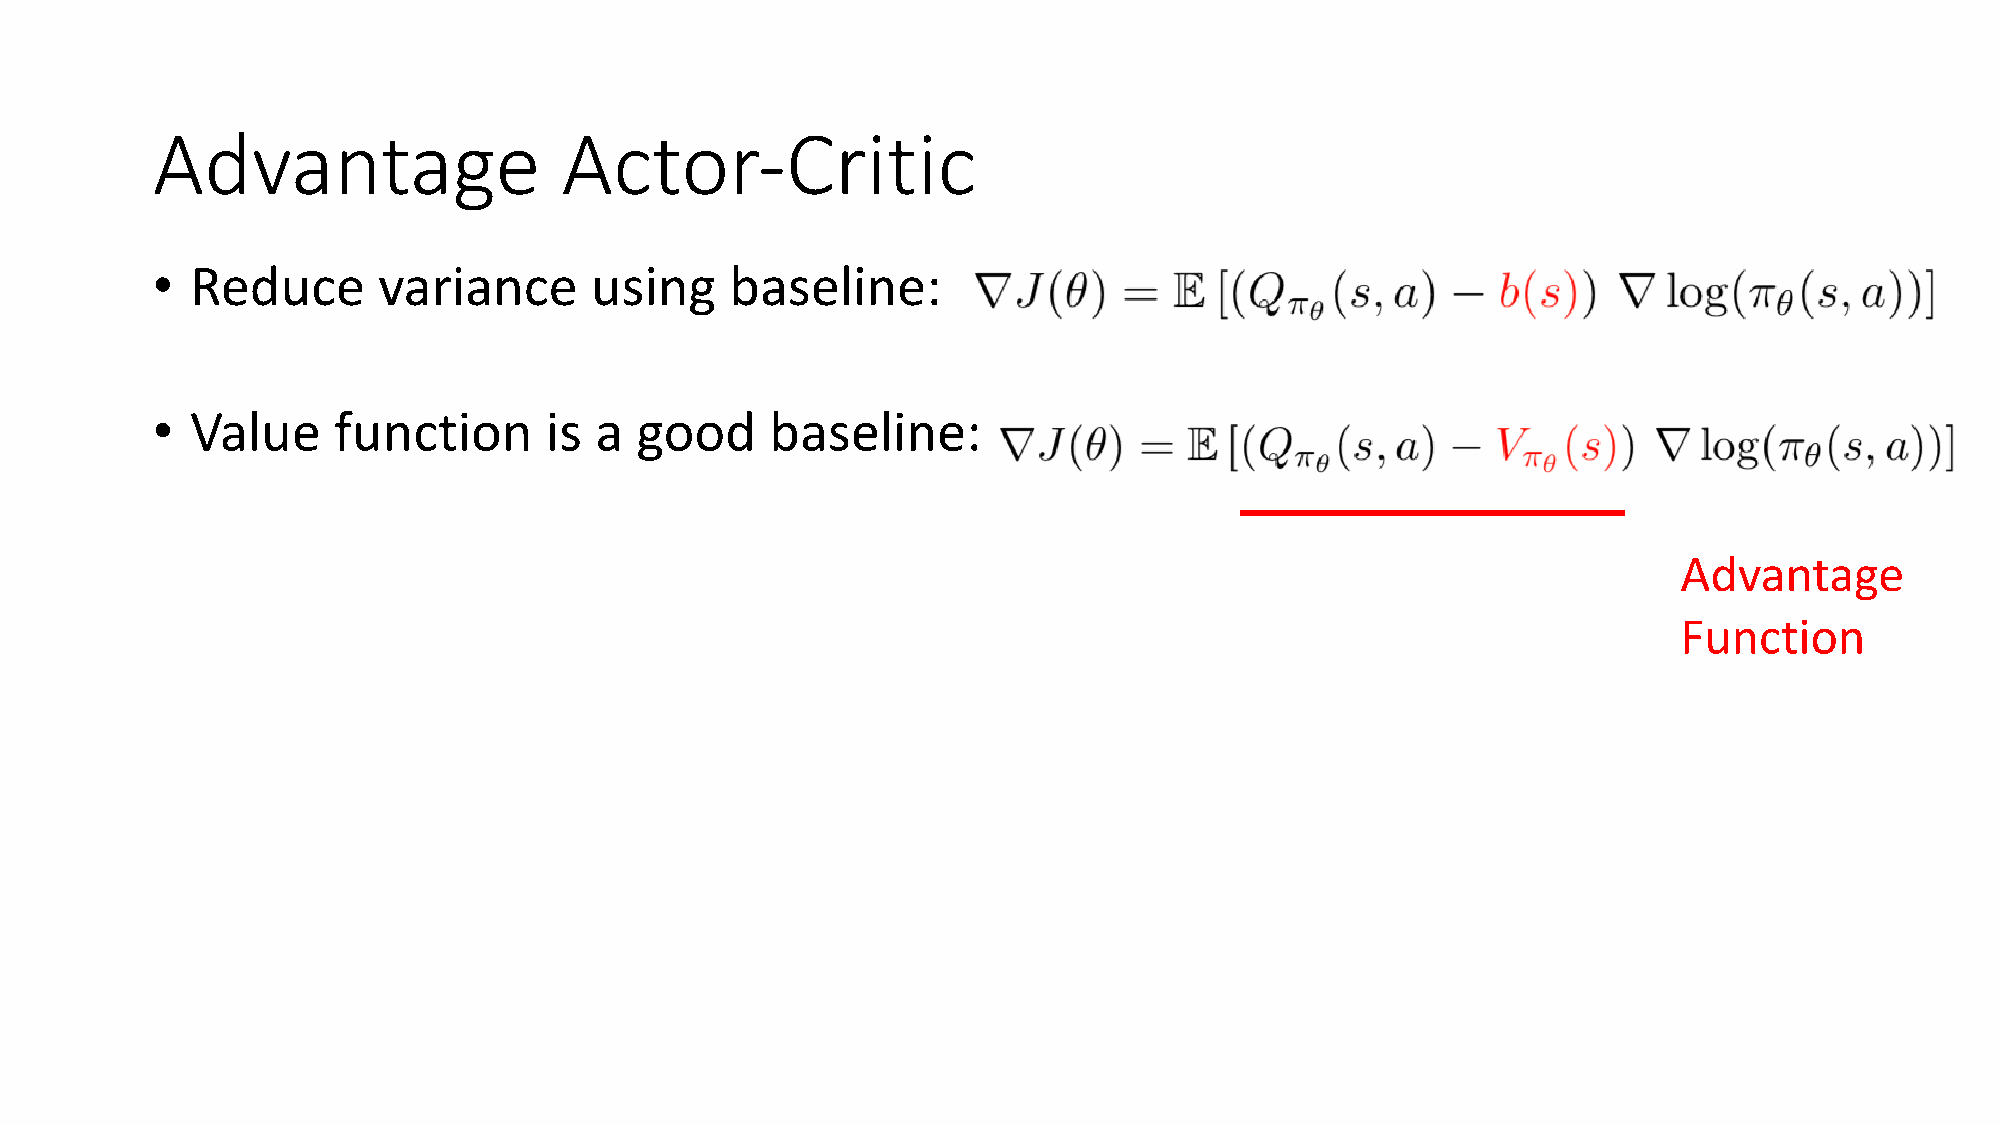
Advantage                  Actor-Critic
 •  Reduce      variance      using    baseline:
 •  Value    function      is a  good     baseline:
 Advantage
 Function